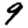
Digit: 9